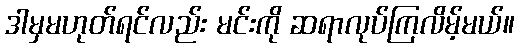
ဒါမှမဟုတ်ရင်လည်း မင်းကို ဆရာလုပ်ကြလိမ့်မယ်။